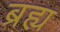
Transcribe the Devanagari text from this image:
ब्रह्य